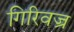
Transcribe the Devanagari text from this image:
गिरिवज्र